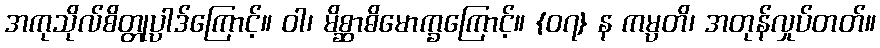
အကုသိုလ်စိတ္တုပ္ပာဒ်ကြောင့်။ ဝါ၊ မိစ္ဆာဓိမောက္ခကြောင့်။ {၀၇} န ကမ္ပတိ၊ အတုန်လှုပ်တတ်။